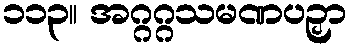
၁၁၃။ အဂ္ဂဂ္ဂသမဏပဉှာ